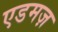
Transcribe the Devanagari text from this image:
एडमज़